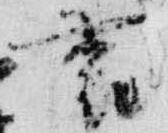
裏